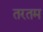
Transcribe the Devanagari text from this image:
तरतम